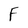
Character: F